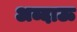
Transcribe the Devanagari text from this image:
अब्दाऊ